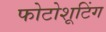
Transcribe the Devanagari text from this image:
फोटोशूटिंग